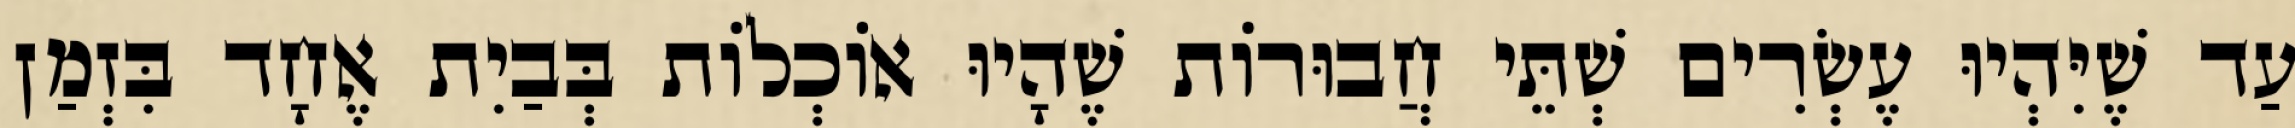
עַד שֶׁיִּהְיוּ עֶשְׂרִים שְׁתֵּי חֲבוּרוֹת שֶׁהָיוּ אוֹכְלוֹת בְּבַיִת אֶחָד בִּזְמַן